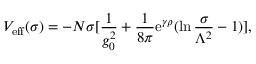
V _ { \mathrm { e f f } } ( \sigma ) = - N \sigma [ { \frac { 1 } { g _ { 0 } ^ { 2 } } } + { \frac { 1 } { 8 \pi } } \mathrm { e } ^ { \gamma \rho } ( \ln { \frac { \sigma } { \Lambda ^ { 2 } } } - 1 ) ] ,